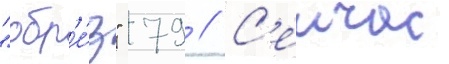
"обр'е́з" 79 // С'еичас